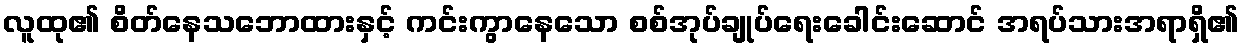
လူထု၏ စိတ်နေသဘောထားနှင့် ကင်းကွာနေသော စစ်အုပ်ချုပ်ရေးခေါင်းဆောင် အရပ်သားအရာရှိ၏